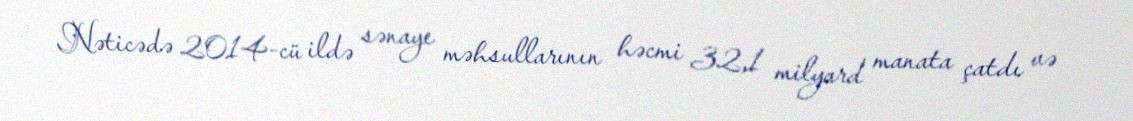
Nəticədə 2014-cü ildə sənaye məhsullarının həcmi 32,1 milyard manata çatdı və